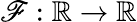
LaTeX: \mathscr{F}:\mathbb{{R}}\rightarrow\mathbb{{R}}